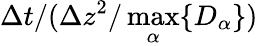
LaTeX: \Delta t/(\Delta z^{2}/\operatorname*{max}_{\alpha}\{ D_{\alpha}\} )